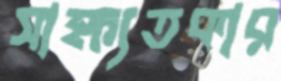
সাক্ষ্যতকার